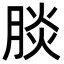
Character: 腅